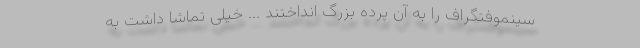
سینِموفتُگراف را به آن پرده بزرگ انداختند ... خیلی تماشا داشت به